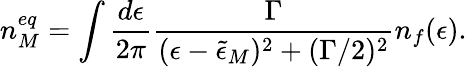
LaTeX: n_{M}^{eq}=\int\frac{d\epsilon}{2\pi}\frac{\Gamma}{(\epsilon-\tilde{\epsilon}_{M})^{2}+(\Gamma/2)^{2}}n_{f}(\epsilon).